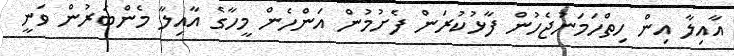
އާއިލާ އިން ހިތްހަމަނުޖެހުން ފާޅުކުރަން ފެށުމުން އަންހެން މީހާގެ އާއިލާ މެންބަރުން ވަނީ